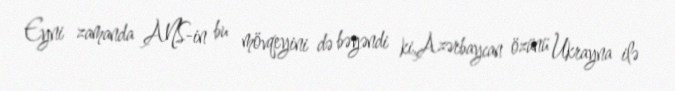
Eyni zamanda ANS-in bu mövqeyini də bəyəndi ki,Azərbaycan özünü Ukrayna ilə